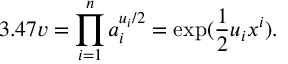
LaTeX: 3 . 4 7 v = \prod _ { i = 1 } ^ { n } a _ { i } ^ { u _ { i } / 2 } = \exp ( \frac { 1 } { 2 } u _ { i } x ^ { i } ) .